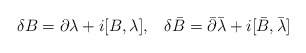
\begin{align*}\delta B=\partial\lambda+i[B,\lambda], \hskip 10pt\delta \bar B=\bar\partial\bar\lambda+i[\bar B,\bar\lambda]\end{align*}